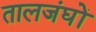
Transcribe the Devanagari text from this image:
तालजंघों